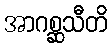
အာဂစ္ဆသီတိ